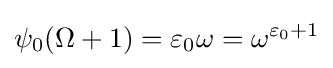
\psi _{0}(\Omega +1)=\varepsilon _{0}\omega =\omega ^{\varepsilon _{0}+1}